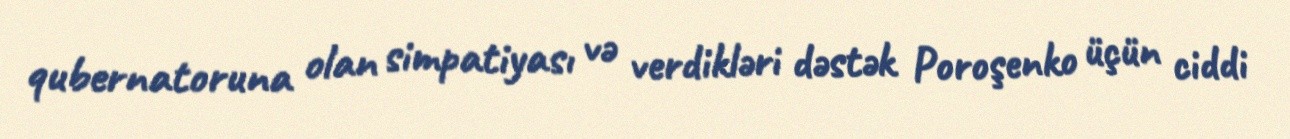
qubernatoruna olan simpatiyası və verdikləri dəstək Poroşenko üçün ciddi